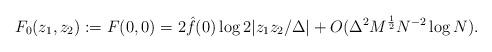
LaTeX: \begin{align*}F_0(z_1, z_2):= F(0, 0) = 2\hat{f}(0)\log 2|z_1z_2/\Delta| + O(\Delta^2M^{\frac{1}{2}}N^{-2}\log N).\end{align*}